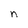
Character: n